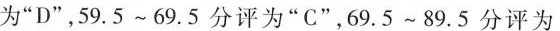
为”D”，59.5~69.5分评为”C”，69.5~89.5分评为